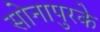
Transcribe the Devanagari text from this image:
सोनापुरके